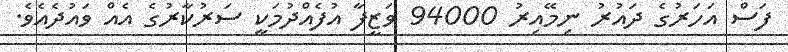
ފަސް އަހަރުގެ ދައުރު ނިމޭއިރު 94000 ވަޒީފާ އުފެއްދުމަކީ ސަރުކާރުގެ އެއް ވައުދެއެވެ.